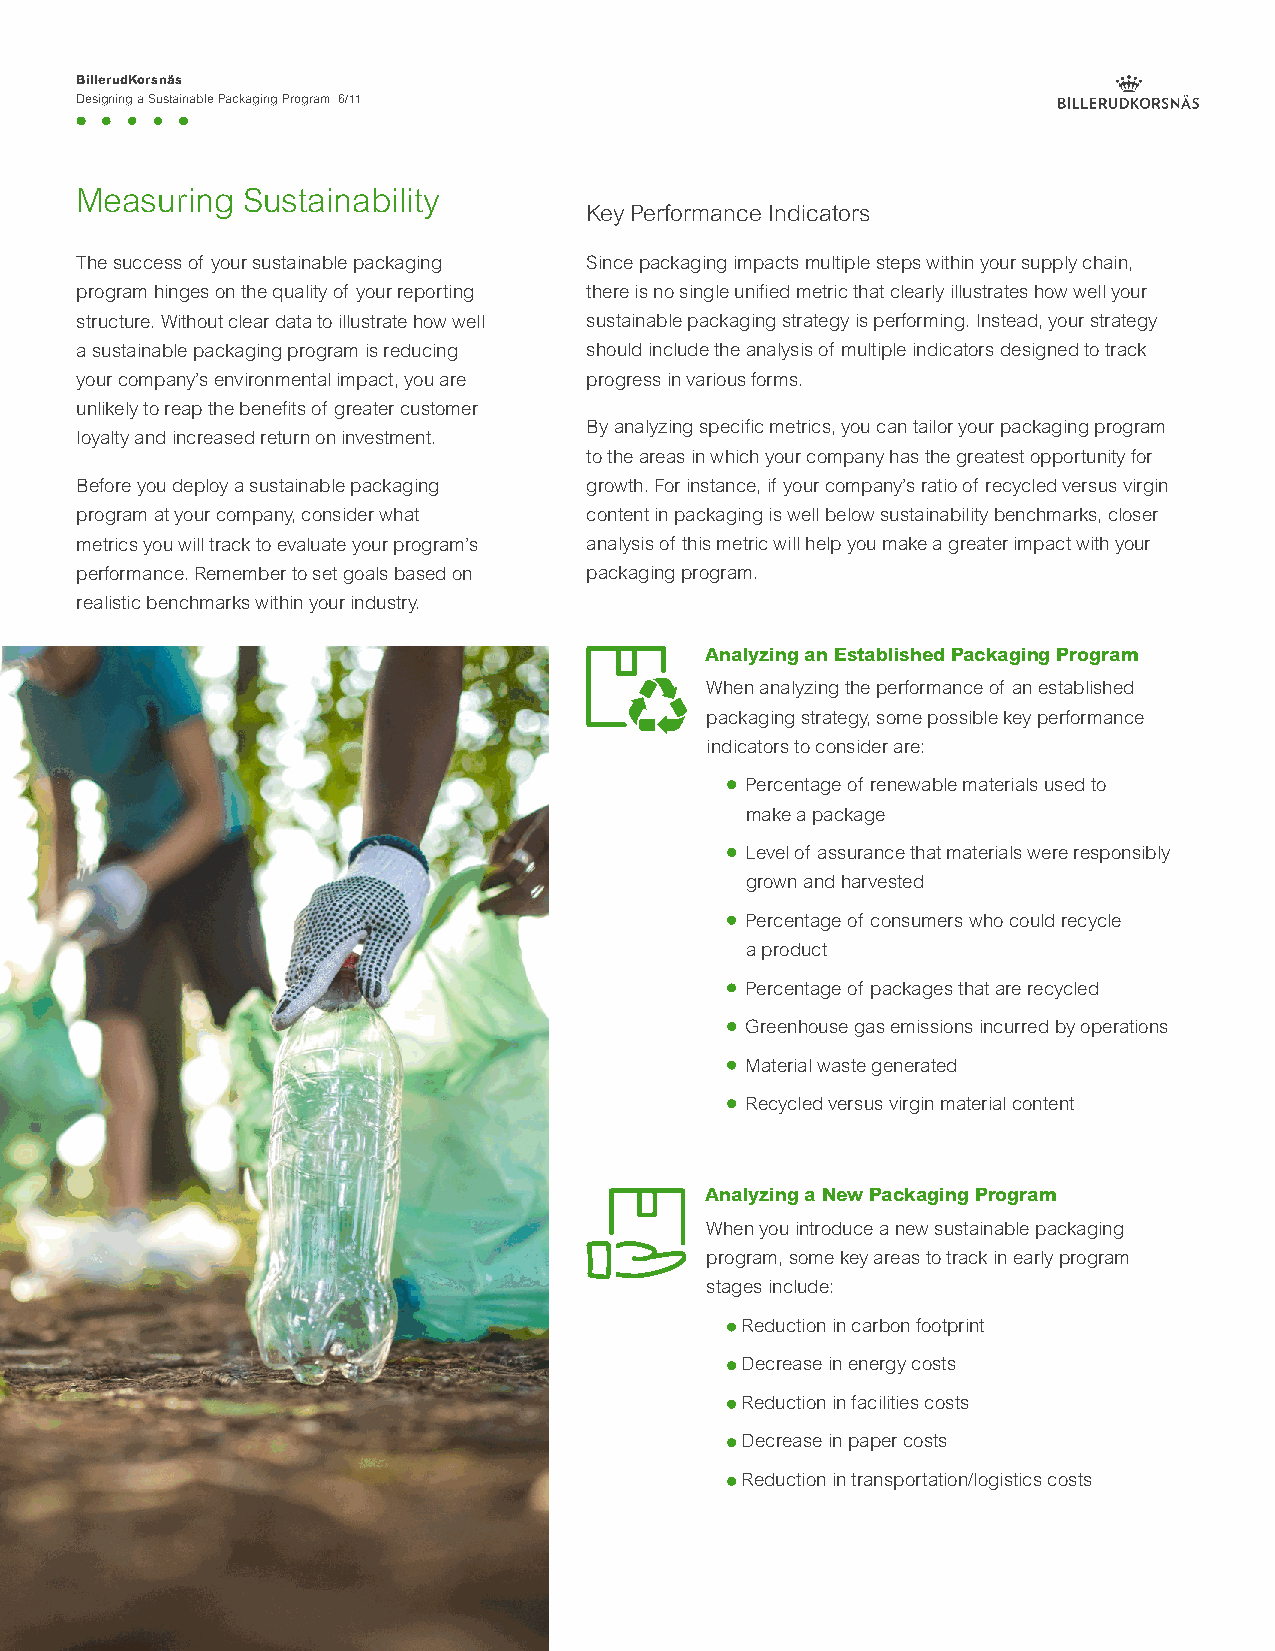
BillerudKorsnäs
 Designing a Sustainable Packaging Program 6/11
 Measuring  Sustainability
 Key Performance Indicators
 The success of your sustainable packaging Since packaging impacts multiple steps within your supply chain,
 program hinges on the quality of your reporting there is no single unified metric that clearly illustrates how well your
 structure. Without clear data to illustrate how well sustainable packaging strategy is performing. Instead, your strategy
 a sustainable packaging program is reducing should include the analysis of multiple indicators designed to track
 your company’s environmental impact, you are progress in various forms.
 unlikely to reap the benefits of greater customer
 By analyzing specific metrics, you can tailor your packaging program
 loyalty and increased return on investment.
 to the areas in which your company has the greatest opportunity for
 Before you deploy a sustainable packaging growth. For instance, if your company’s ratio of recycled versus virgin
 program at your company, consider what content in packaging is well below sustainability benchmarks, closer
 metrics you will track to evaluate your program’s analysis of this metric will help you make a greater impact with your
 performance. Remember to set goals based on packaging program.
 realistic benchmarks within your industry.
 Analyzing an Established Packaging Program
 When analyzing the performance of an established
 packaging strategy, some possible key performance
 indicators to consider are:
 Percentage of renewable materials used to
 make a package
 Level of assurance that materials were responsibly
 grown and harvested
 Percentage of consumers who could recycle
 a product
 Percentage of packages that are recycled
 Greenhouse gas emissions incurred by operations
 Material waste generated
 Recycled versus virgin material content
 Analyzing a New Packaging Program
 When you introduce a new sustainable packaging
 program, some key areas to track in early program
 stages include:
 Reduction in carbon footprint
 Decrease in energy costs
 Reduction in facilities costs
 Decrease in paper costs
 Reduction in transportation/logistics costs